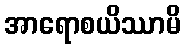
အာရောစယိဿာမိ